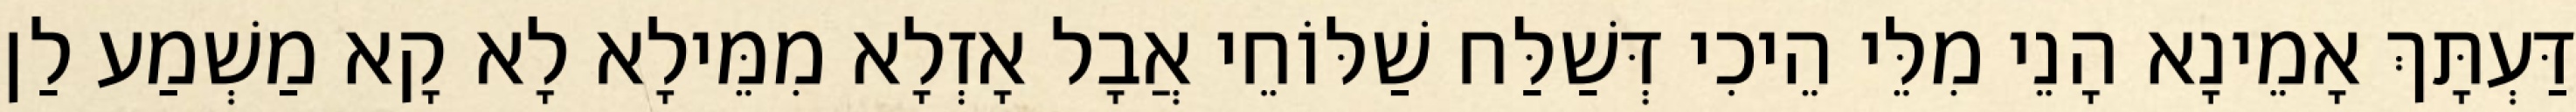
דַּעְתָּךְ אָמֵינָא הָנֵי מִלֵּי הֵיכִי דְּשַׁלַּח שַׁלּוֹחֵי אֲבָל אָזְלָא מִמֵּילָא לָא קָא מַשְׁמַע לַן